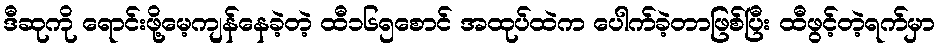
ဒီဆုကို ရောင်းဖို့မေ့ကျန်နေခဲ့တဲ့ ထီ၁၆၅စောင် အထုပ်ထဲက ပေါက်ခဲ့တာဖြစ်ပြီး ထီဖွင့်တဲ့ရက်မှာ